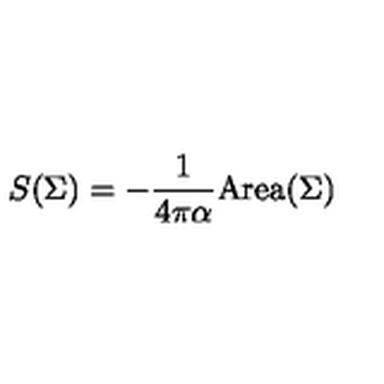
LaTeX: S ( \Sigma ) = - { \frac { 1 } { 4 \pi \alpha } } \mathrm { A r e a } ( \Sigma )